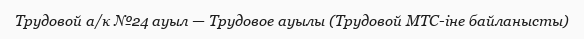
Трудовой а/к №24 ауыл — Трудовое ауылы (Трудовой МТС-іне байланысты)